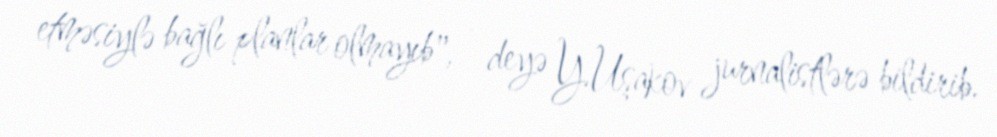
etməsiylə bağlı planlar olmayıb", - deyə Y.Uşakov jurnalistlərə bildirib.